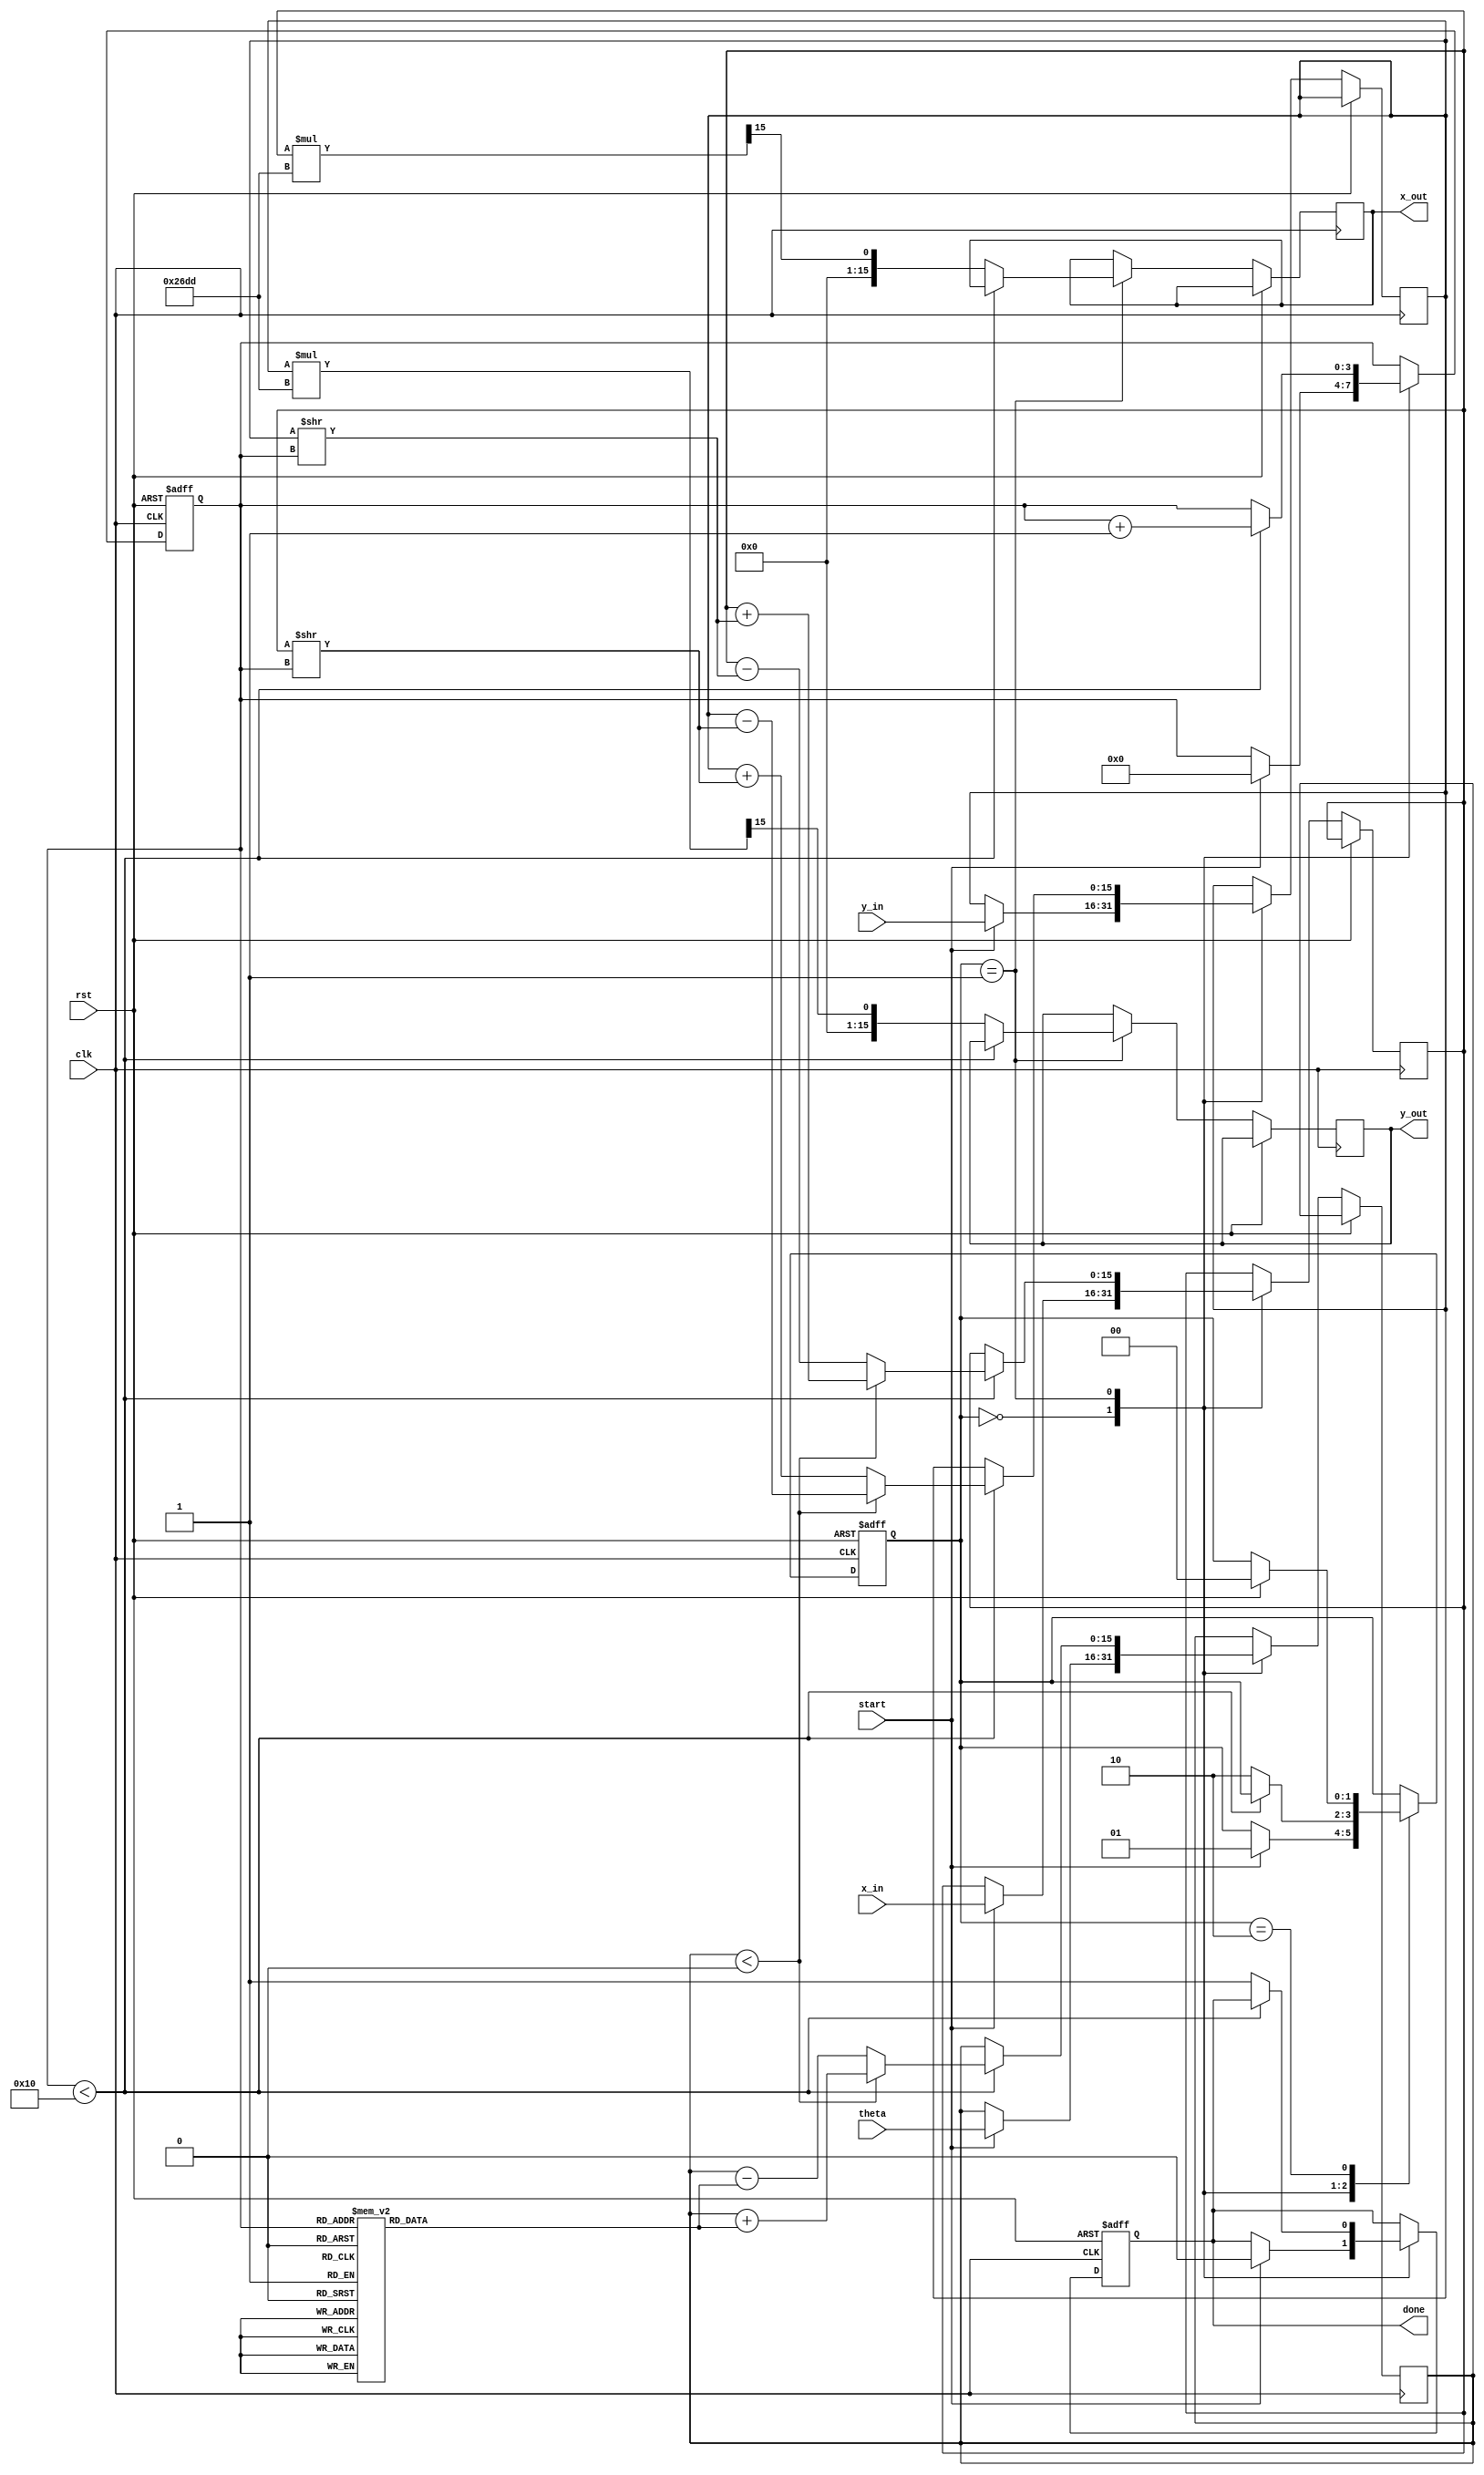
module cordic (
    input wire clk,
    input wire rst,
    input wire start,
    input wire [15:0] theta,  // Input angle in fixed-point representation
    input wire [15:0] x_in,    // Input x coordinate
    input wire [15:0] y_in,    // Input y coordinate
    output reg [15:0] x_out,    // Output x coordinate
    output reg [15:0] y_out,    // Output y coordinate
    output reg done            // Done signal
);

parameter N = 16; // Number of iterations
parameter SCALE_FACTOR = 16'h26DD; // Scaling factor (approx. 0.607)

reg [15:0] atan_table [0:N-1]; // Lookup table for atan(2^(-i))
reg [15:0] x, y;
reg [15:0] theta_current;
reg [3:0] iteration;
reg [1:0] state; // 0: IDLE, 1: RUNNING, 2: DONE

// Initialize the arctangent lookup table
initial begin
    atan_table[0] = 16'h2000; // atan(1) in fixed-point
    atan_table[1] = 16'h1000; // atan(0.5)
    atan_table[2] = 16'h0800; // atan(0.25)
    atan_table[3] = 16'h0400; // atan(0.125)
    // Fill in the rest of the table as needed...
end

// State machine for control logic
always @(posedge clk or posedge rst) begin
    if (rst) begin
        state <= 0;
        done <= 0;
        iteration <= 0;
    end else begin
        case (state)
            0: begin // IDLE
                if (start) begin
                    x <= x_in;
                    y <= y_in;
                    theta_current <= theta;
                    iteration <= 0;
                    state <= 1; // Move to RUNNING state
                    done <= 0;
                end
            end
            1: begin // RUNNING
                if (iteration < N) begin
                    // CORDIC rotation logic
                    if (theta_current < 0) begin
                        // Rotate in positive direction
                        x <= x + (y >> iteration);
                        y <= y - (x >> iteration);
                        theta_current <= theta_current + atan_table[iteration];
                    end else begin
                        // Rotate in negative direction
                        x <= x - (y >> iteration);
                        y <= y + (x >> iteration);
                        theta_current <= theta_current - atan_table[iteration];
                    end
                    iteration <= iteration + 1;
                end else begin
                    // Finished all iterations
                    x_out <= x * SCALE_FACTOR >> 15; // Scale output
                    y_out <= y * SCALE_FACTOR >> 15; // Scale output
                    done <= 1;
                    state <= 2; // Move to DONE state
                end
            end
            2: begin // DONE
                // Stay in done state until reset
                if (rst) begin
                    state <= 0; // Go back to IDLE
                end
            end
        endcase
    end
end

endmodule